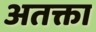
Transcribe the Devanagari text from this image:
अतक्ता